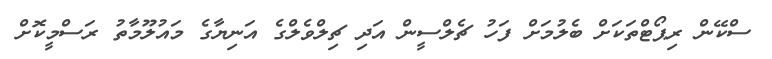
ސްކޭން ރިޕޯޓްތަކަށް ބެލުމަށް ފަހު ޗެލްސީން އަދި ޗިލްވެލްގެ އަނިޔާގެ މައުލޫމާތު ރަސްމީކޮށް